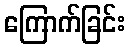
ကြောက်ခြင်း